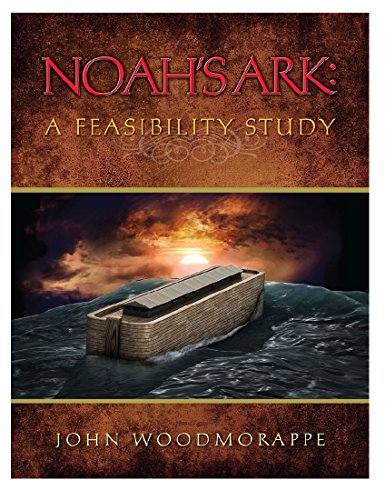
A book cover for Noah's Ark: A Feasibility Study; John Woodmorappe; Science & Math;